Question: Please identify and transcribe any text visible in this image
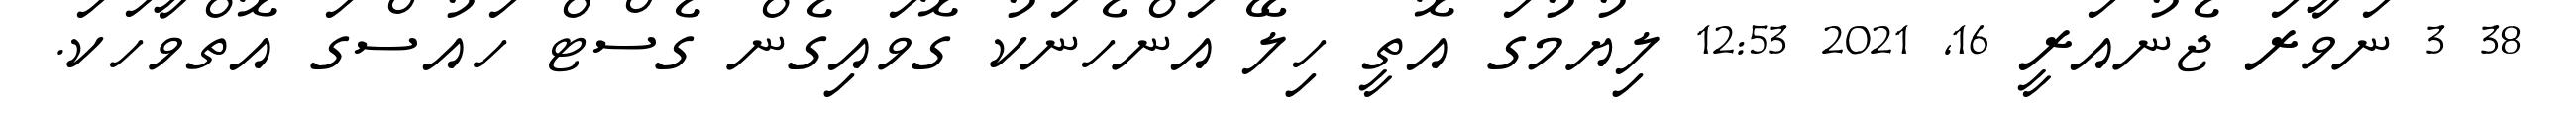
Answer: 38 3 ނަވާރަ ޖެނުއަރީ 16, 2021 12:53 ލިޔުމުގަ އޮތީ ހިލޭ އަންހެނަކު ގޮވައިގެން ގެސްޓް ހައުސްގަ އޮތްވާހަކަ.